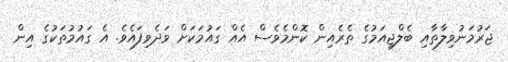
ޖަރުމަނުވިލާތާއި ބެލްޖިއަމުގެ ތެރެއިން ކޮންމެވެސް އެއް ގައުމަކަށް ވަދެވިފައެވެ. އެ ގައުމުތަކުގެ އިން